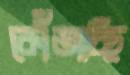
কোঁতাচ্ছি